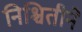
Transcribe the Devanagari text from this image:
निश्चितीने